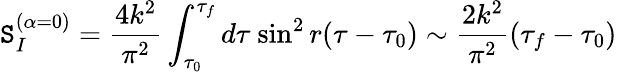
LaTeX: \mathtt{S}_{I}^{(\alpha=0)}=\frac{{4k^{2}}}{{\pi^{2}}}\int_{\tau_{0}}^{\tau_{f}}d\tau{}~{\sin}^{2}\, r(\tau-\tau_{0})\sim\frac{{2k^{2}}}{{\pi^{2}}}(\tau_{f}-\tau_{0})